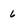
Character: 6